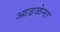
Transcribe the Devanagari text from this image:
आढळेना